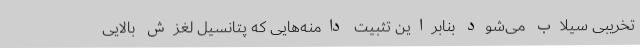
تخریبی سیلاب می‌شود بنابراین تثبیت دامنه‌هایی که پتانسیل لغزش بالایی